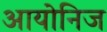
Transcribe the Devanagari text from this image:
आयोनिज